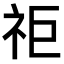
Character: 𥘹